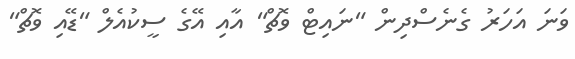
ވަނަ އަހަރު ގެނެސްދިން "ނައިޓް ވޮޗް" އާއި އޭގެ ސީކުއެލް "ޑޭއި ވޮޗް"